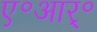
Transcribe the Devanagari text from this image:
ए॰आर्॰